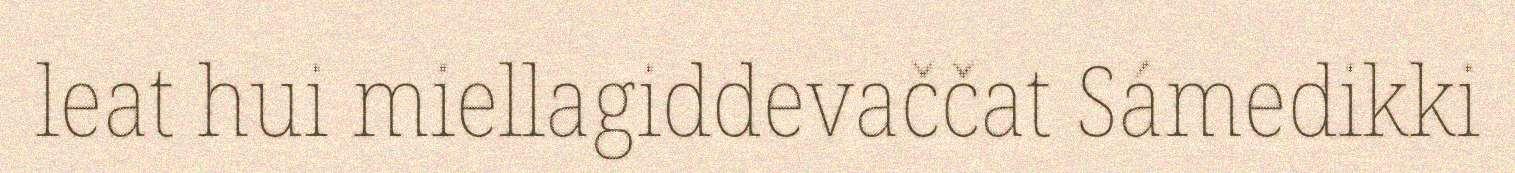
leat hui miellagiddevaččat Sámedikki